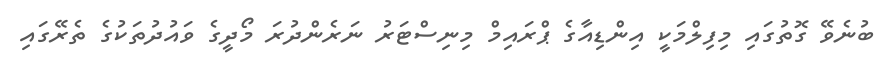
ބުނެވޭ ގޮތުގައި މިފިލްމަކީ އިންޑިއާގެ ޕްރައިމް މިނިސްޓަރު ނަރެންދުރަ މޯދީގެ ވައުދުތަކުގެ ތެރޭގައި